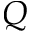
Q